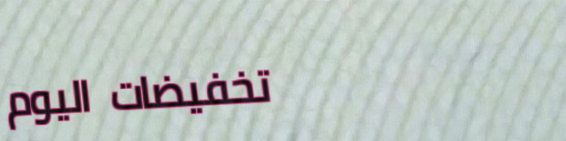
تخفيضات اليوم